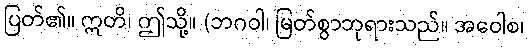
ပြတ်၏။ ဣတိ၊ ဤသို့။ (ဘဂဝါ၊ မြတ်စွာဘုရားသည်။ အဝေါစ၊